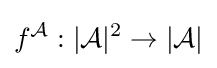
f^{\mathcal {A}}:|{\mathcal {A}}|^{2}\to |{\mathcal {A}}|